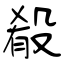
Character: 殽